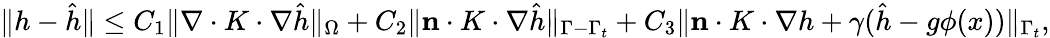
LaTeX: \begin{array}{r}{\| h-\hat{h}\| \leq C_{1}\| \nabla\cdot K\cdot\nabla\hat{h}\| _{\Omega}+C_{2}\| \mathbf{n}\cdot K\cdot\nabla\hat{h}\| _{\Gamma-\Gamma_{t}}+C_{3}\| \mathbf{n}\cdot K\cdot\nabla h+\gamma(\hat{h}-g\phi(x))\| _{\Gamma_{t}},}\end{array}